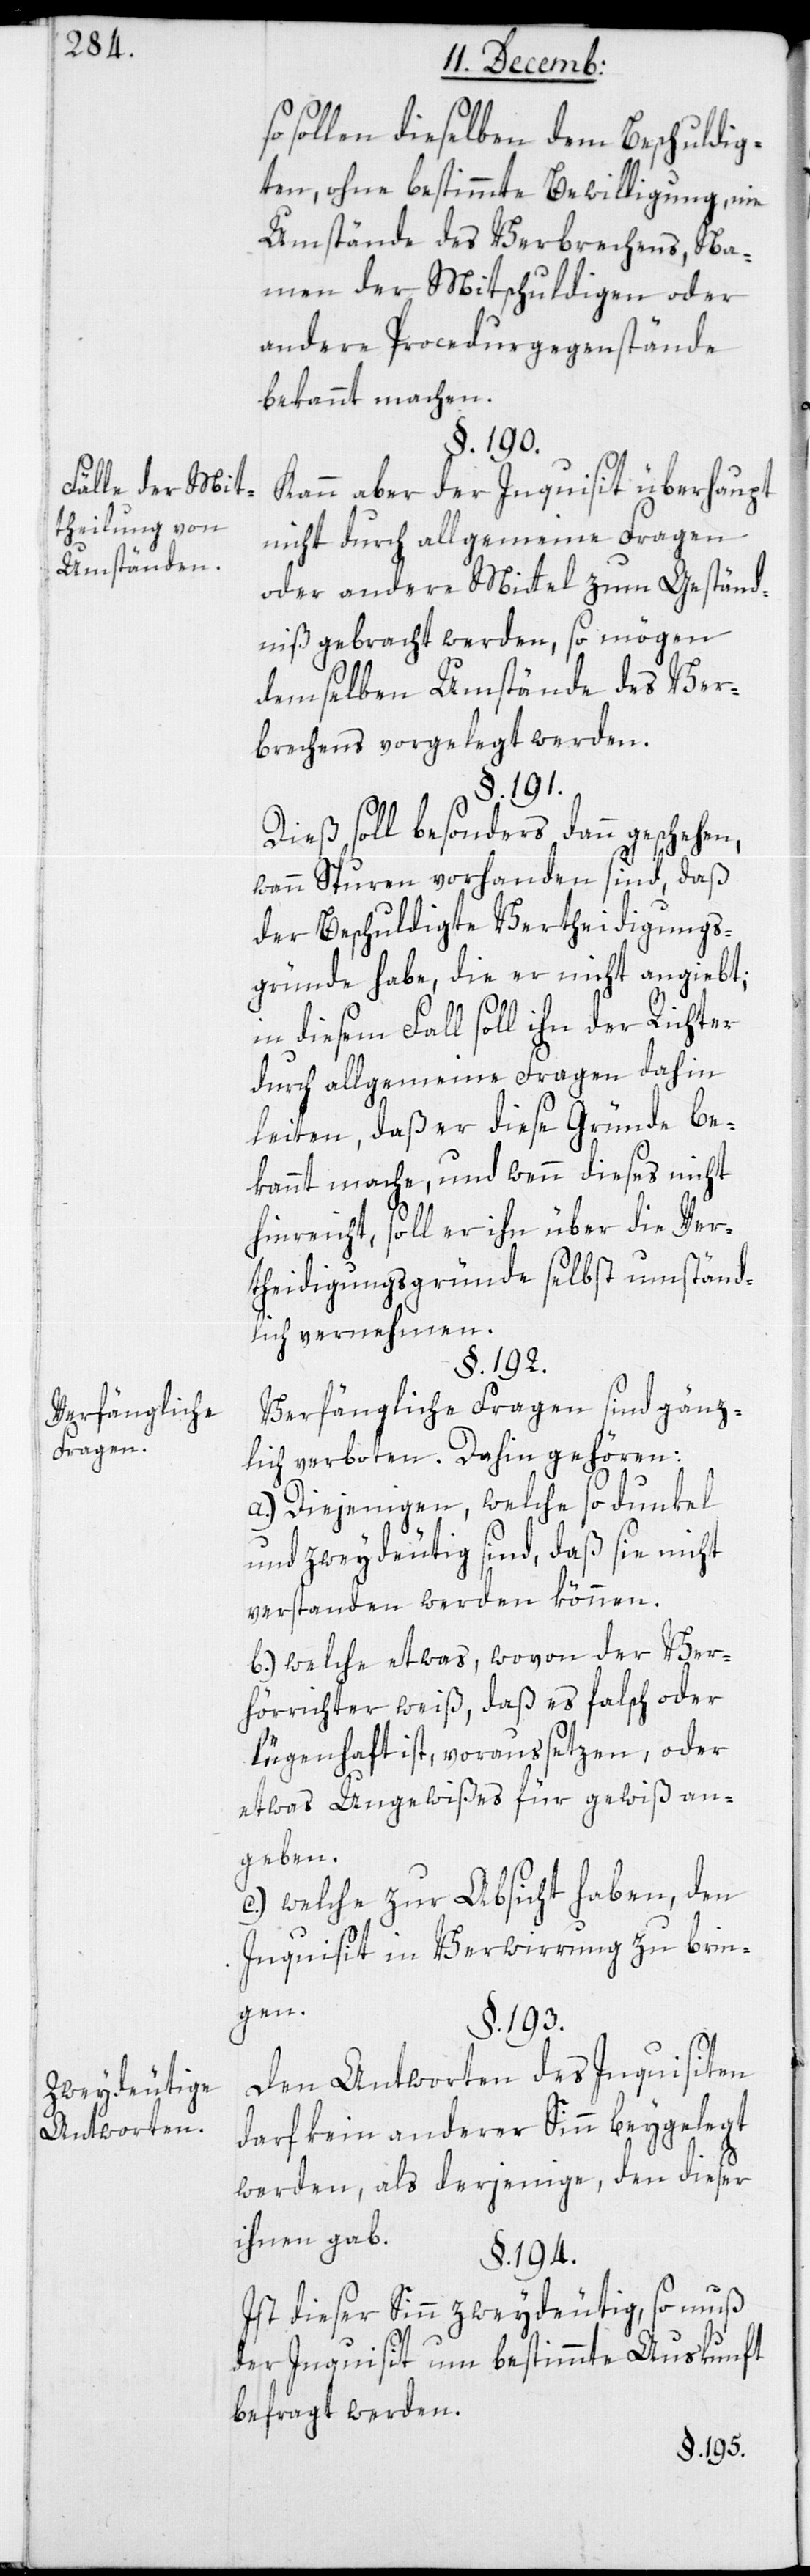
Fälle der Mit¬
theilung von
Umständen.
Verfängliche
Fragen.
Zweydeutige
Antworten.

so sollen dieselben dem Beschuldig¬
ten, ohne bestimmte Bewilligung, nie
Umstände des Verbrechens, Na¬
men der Mitschuldigen oder
andere Procedurgegenstände
bekannt machen.
§. 190.
Kann aber der Inquisit überhaupt
nicht durch allgemeine Fragen
oder andere Mittel zum Geständ¬
niß gebracht werden, so mögen
demselben Umstände des Ver¬
brechens vorgelegt werden.
§. 191.
Dies soll besonders dann geschehen,
wenn Spuren vorhanden sind, daß
der Beschuldigte Vertheidigungs¬
gründe habe, die er nicht angiebt;
in diesem Fall soll ihn der Richter
durch allgemeine Fragen dahin
leiten, daß er diese Gründe be¬
kannt mache, und wenn dieses nicht
hinreicht, soll er ihn über die Ver¬
teidigungsgründe selbst umständ¬
lich vernehmen.
§. 192.
Verfängliche Fragen sind gänz¬
lich verboten. Dahin gehören:
a.) Diejenigen, welche so dunkel
und zweydeutig sind, daß sie nicht
verstanden werden können.
b.) welche etwas, wovon der Ver¬
hörrichter weiß, daß es falsch oder
lügenhaft ist, voraussetzen, oder
etwas Ungewißes für gewiß an¬
geben;
c.) welche zur Absicht haben, den
Inquisit in Verwirrung zu brin¬
gen.
§. 193.
Den Antworten des Inquisiten
darf kein anderer Sinn beygelegt
werden, als derjenige, den dieser
ihnen gab.
§. 194.
Ist dieser Sinn zweydeutig, so muß
der Inquisit um beßtimmte Auskunft
befragt werden.